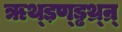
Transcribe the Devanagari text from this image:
ॠथ्ड़ण्ड्ढथ्र्न्र्